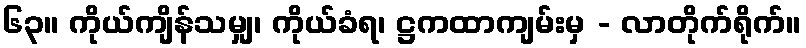
၆၃။ ကိုယ်ကျိန်သမျှ၊ ကိုယ်ခံရ၊ ဋ္ဌကထာကျမ်းမှ - လာတိုက်ရိုက်။